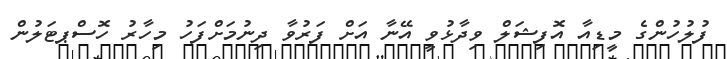
ފުލުހުންގެ މީޑިއާ އޮފިޝަލް ވިދާޅުވީ އޭނާ އަށް ފަރުވާ ދިނުމަށްފަހު މިހާރު ހޮސްޕޓަލުން